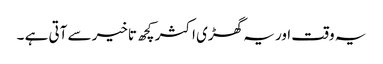
یہ وقت اور یہ گھڑی اکثر کچھ تاخیر سے آتی ہے ۔